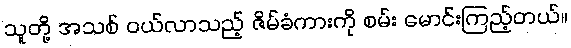
သူတို့ အသစ် ဝယ်လာသည့် ဇိမ်ခံကားကို စမ်း မောင်းကြည့်တယ်။